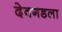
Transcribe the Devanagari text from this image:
देवगडला